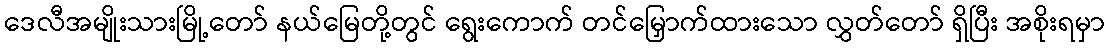
ဒေလီအမျိုးသားမြို့တော် နယ်မြေတို့တွင် ရွေးကောက် တင်မြှောက်ထားသော လွှတ်တော် ရှိပြီး အစိုးရမှာ